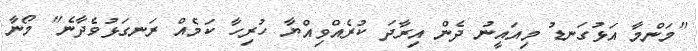
"މަންމާ އަޅުގަނޑު މިއައީނު ދެން އިރާދަ ކުރެއްވިއްޔާ ހުރިހާ ކަމެއް ރަނގަޅުވެދާނެ" މޯނާ